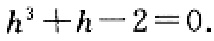
\(h^{3}+h - 2 = 0\)